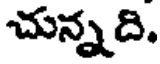
చున్నది,